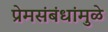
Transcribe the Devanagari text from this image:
प्रेमसंबंधांमुळे